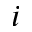
i